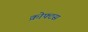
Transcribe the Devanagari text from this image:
क्रोफ्टस